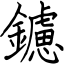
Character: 鑢